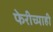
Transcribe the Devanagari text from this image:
फेरीच्याही